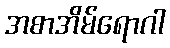
အစာအိမ်ရောဂါ